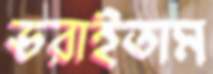
ভরাইতাম